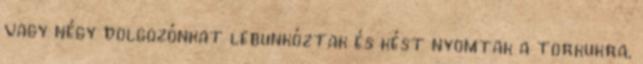
vagy négy dolgozónkat lebunkóztak és kést nyomtak a torkukra.